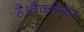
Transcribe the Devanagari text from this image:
है।बैकपेकर